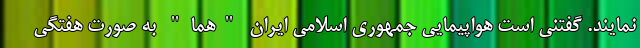
نمایند. گفتنی است هواپیمایی جمهوری اسلامی ایران "هما" به صورت هفتگی